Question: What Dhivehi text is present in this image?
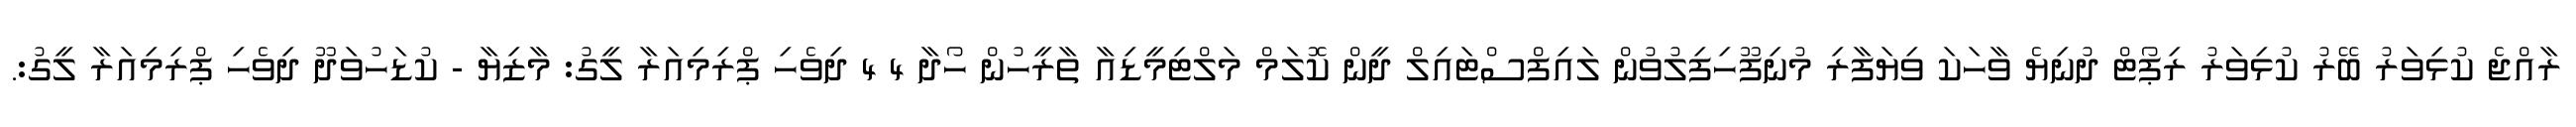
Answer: ރާއްޖެ ކުޅިވަރު ބޭރު ކުޅިވަރު ރިޕޯޓް ދުނިޔެ ވާހަކަ ވިޔަފާރި މުނިފޫހިފިލުވުން ލައިފްސްޓައިލް ދީން ކޮލަމް މަލްޓިމީޑިއާ ތާރީހުން ހޯދާ 4 4 ދިވެހި ޕްރިމިއަރާ ލީގު: މާޒިޔާ - ކުޑަހުވަދޫ ދިވެހި ޕްރިމިއަރާ ލީގު:.